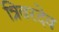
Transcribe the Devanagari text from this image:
त्रिवरदेव